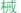
械